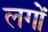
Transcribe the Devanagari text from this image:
लगों